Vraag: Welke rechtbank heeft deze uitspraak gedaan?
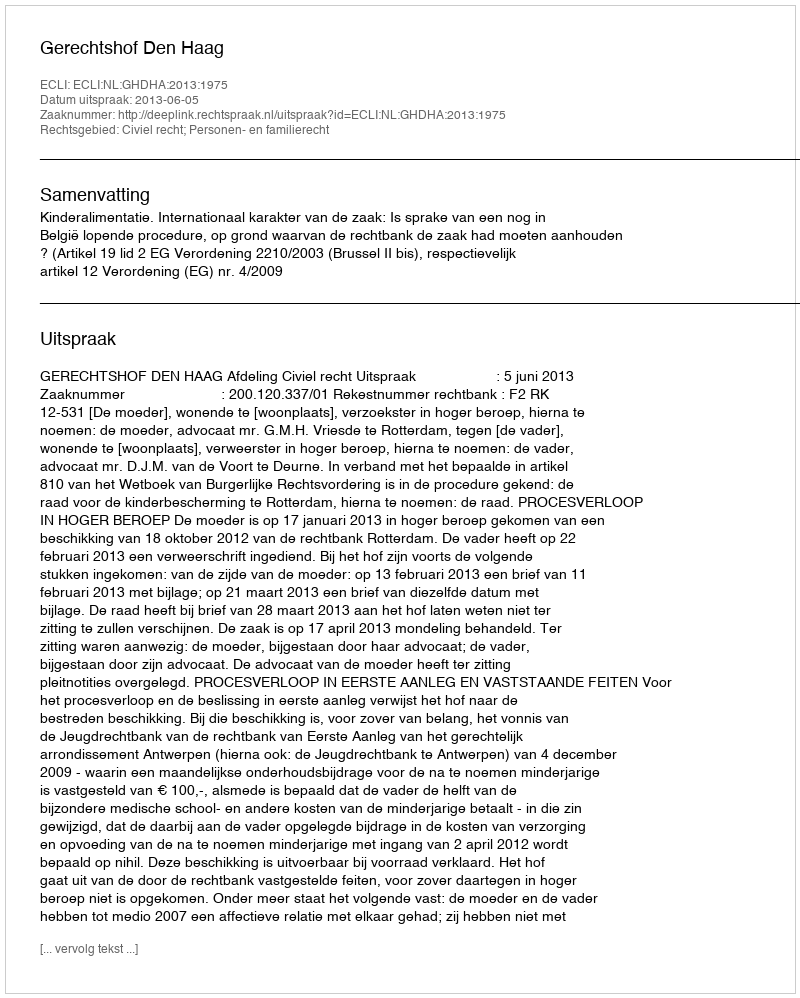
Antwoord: Gerechtshof Den Haag